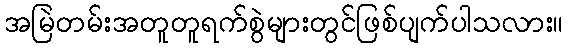
အမြဲတမ်းအတူတူရက်စွဲများတွင်ဖြစ်ပျက်ပါသလား။